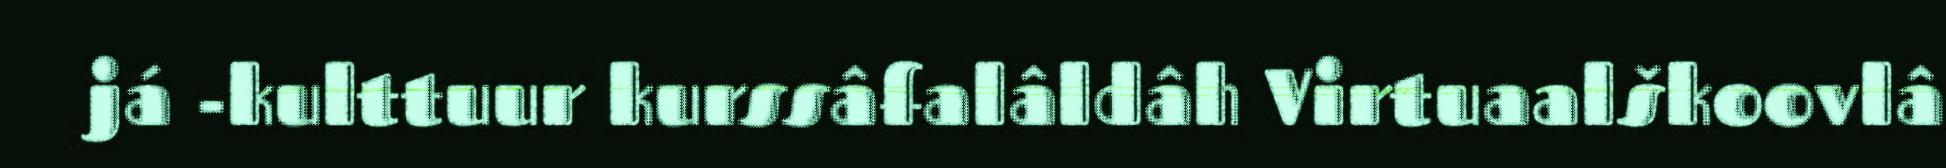
já -kulttuur kurssâfalâldâh Virtuaalškoovlâ